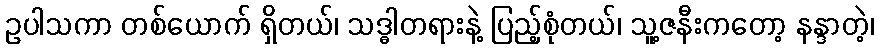
ဥပါသကာ တစ်ယောက် ရှိတယ်၊ သဒ္ဓါတရားနဲ့ ပြည့်စုံတယ်၊ သူ့ဇနီးကတော့ နန္ဒာတဲ့၊